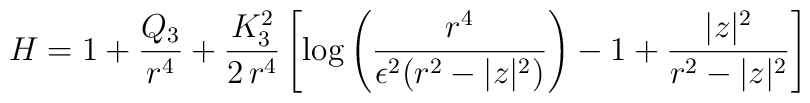
H = 1+ \frac{Q_3}{r^4}+ \frac{K_3^2}{2\, r^4} \left[ \log\left(\frac{r^4}{ \epsilon^2(r^2-|z|^2)}\right) - 1+\frac{|z|^2}{r^2-|z|^2}\right]